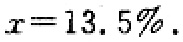
\(x = 13.5\%.\)